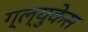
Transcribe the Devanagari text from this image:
ग्ल्युकेस